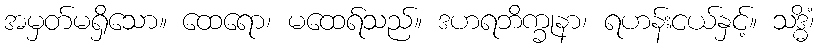
အမှတ်မရှိသော။ ထေရော၊ မထေရ်သည်။ ဒဟရဘိက္ခုနာ၊ ရဟန်းငယ်နှင့်။ သဒ္ဓိံ၊